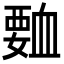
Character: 𮗅